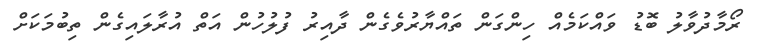
ރޯމާދުވާލު ބޮޑު ވައްކަމެއް ހިންގަން ތައްޔާރުވެގެން ދާއިރު ފުލުހުން އަތް އުރާލައިގެން ތިބުމަކަށް